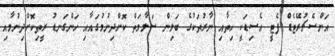
އަންސެޗުރޭޓެޑް ފެޓީ އެސިޑަކީ ހިތާއި ނާރުތަކުގެ ބަލިން ސަލާމަތް ކޮށްދިނުމުގައާއި ހަންގަނޑު ރީތިކޮށްދިނުމާއި